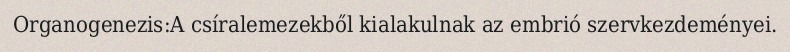
Organogenezis:A csíralemezekből kialakulnak az embrió szervkezdeményei.